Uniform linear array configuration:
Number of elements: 16
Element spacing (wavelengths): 0.5
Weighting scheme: hamming
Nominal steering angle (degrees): -45
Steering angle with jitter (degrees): -45.235
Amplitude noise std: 0.05
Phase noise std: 0.05

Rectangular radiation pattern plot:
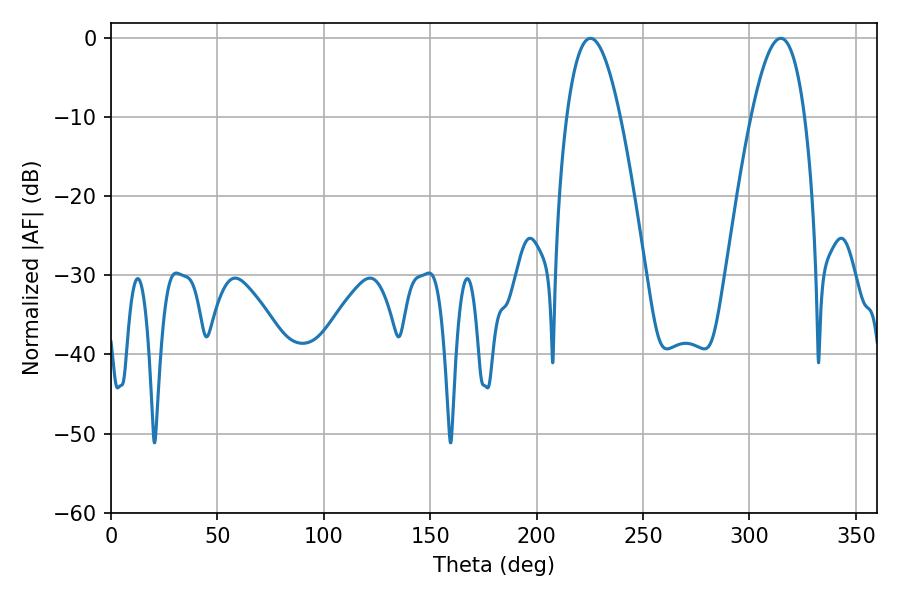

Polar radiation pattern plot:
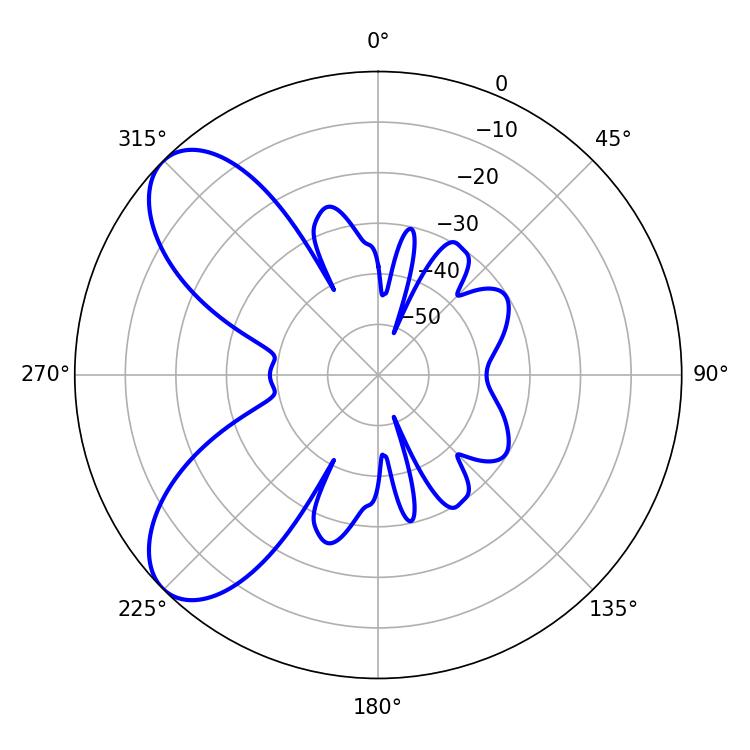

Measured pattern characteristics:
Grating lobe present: FALSE
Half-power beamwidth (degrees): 13.68
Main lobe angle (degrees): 225.36